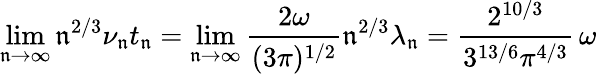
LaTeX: \operatorname*{lim}_{\mathfrak{n}\to\infty}\mathfrak{n}^{2/3}\nu_{\mathfrak{n}}t_{\mathfrak{n}}=\operatorname*{lim}_{\mathfrak{n}\to\infty}\frac{2\omega}{(3\pi)^{1/2}}\mathfrak{n}^{2/3}\lambda_{\mathfrak{n}}=\frac{2^{10/3}}{3^{13/6}\pi^{4/3}}\, \omega